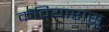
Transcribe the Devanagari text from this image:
कवियारासू